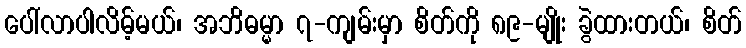
ပေါ်လာပါလိမ့်မယ်၊ အဘိဓမ္မာ ၇-ကျမ်းမှာ စိတ်ကို ၈၉-မျိုး ခွဲထားတယ်၊ စိတ်